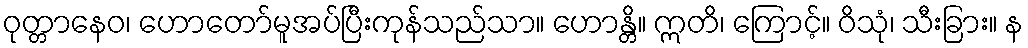
ဝုတ္တာနေဝ၊ ဟောတော်မူအပ်ပြီးကုန်သည်သာ။ ဟောန္တိ။ ဣတိ၊ ကြောင့်။ ဝိသုံ၊ သီးခြား။ န